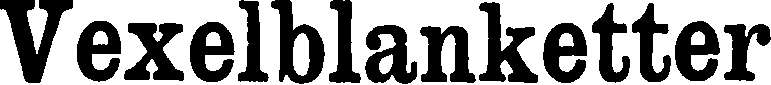
Vexelblanketter